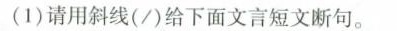
(1)请用斜线(/)给下面文言短文断句。